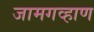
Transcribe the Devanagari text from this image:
जामगव्हाण